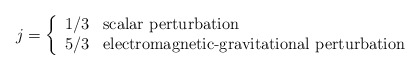
\begin{align*}j = \left\{ \begin{array}{cl} 1/3 & \textrm{scalar perturbation} \\ 5/3 & \textrm{electromagnetic-gravitational perturbation} \end{array} \right.\end{align*}